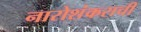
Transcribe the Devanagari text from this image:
नारोशंकराची